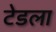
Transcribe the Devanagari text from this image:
टेडला